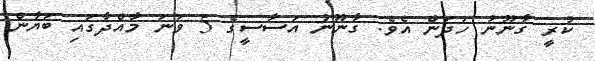
ކުރީ ގާނޫނު ހަދަން އެވެ. ގާނޫނު އަސާސީގެ 5 ވަނަ މާއްދާގައި ބަޔާން